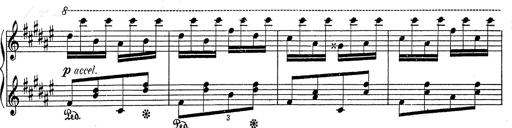
Title: Hungarian Rhapsody No.2
Composer: Franz Liszt
Key: C-sharp minor